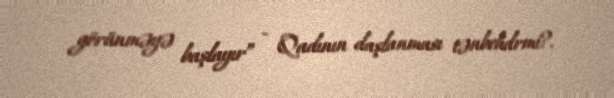
görünməyə başlayır” - Qadının daşlanması tənbehdrmi?.